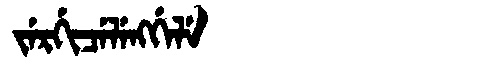
Manchu: ᠵᡝᡵᡤᡳᠴᡝᠯᡝᠩᡤᡝᠯᡝ
Romanization: JERGICELENGGELE